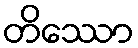
တိဿော